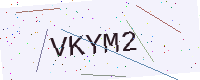
Text: VKYM2